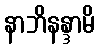
နာဘိနန္ဒာမိ